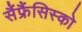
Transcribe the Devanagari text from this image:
सैंफ्रैंसिस्को